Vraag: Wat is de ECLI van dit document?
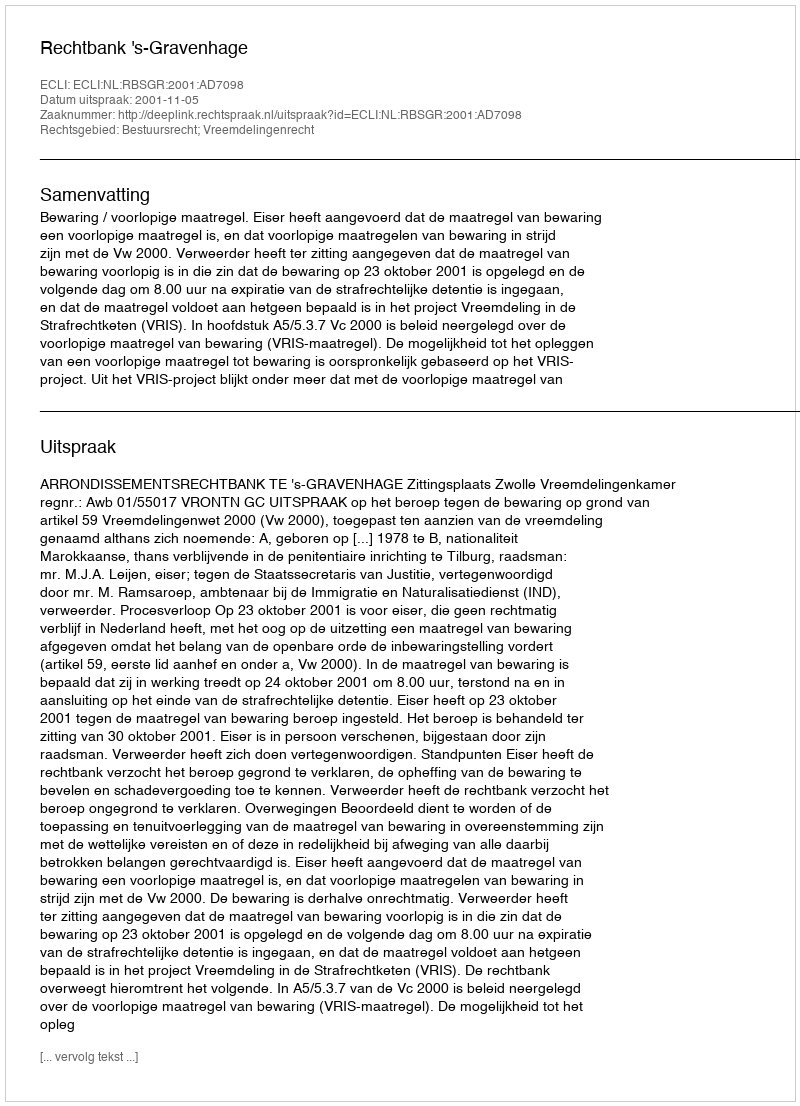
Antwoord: ECLI:NL:RBSGR:2001:AD7098